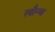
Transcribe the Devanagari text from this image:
लॉंन्च